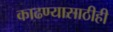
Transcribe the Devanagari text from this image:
काढण्यासाठीही